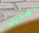
تسجيل